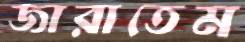
জারাতেম